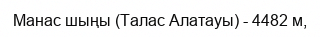
Манас шыңы (Талас Алатауы) - 4482 м,